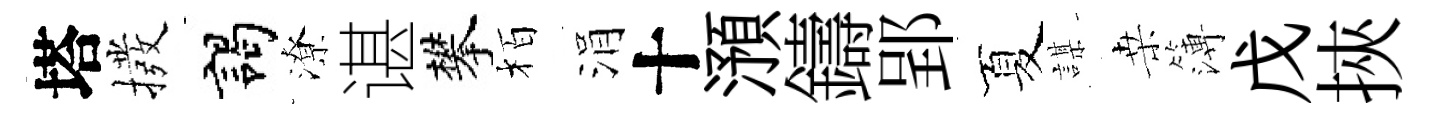
塔撥謁潦谌攀栢涓十澦鑄郢夏謀桒簿戊挾